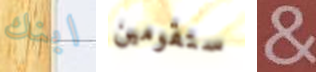
ابنك ستقومين &